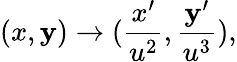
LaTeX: (x,\mathbf{y})\rightarrow(\frac{{x^{\prime}}}{{u^{2}}},\frac{{\mathbf{y}^{\prime}}}{{u^{3}}}),